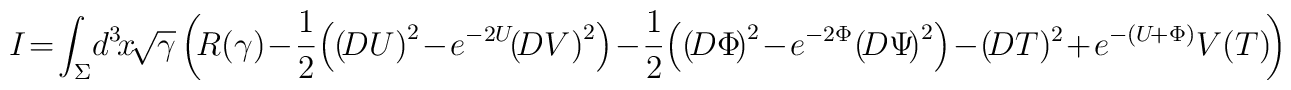
\!\!\!\!I\!=\!\int_{\Sigma}\! d^3 \! x \!\sqrt{\gamma}\left(\!R(\gamma)\!-\! {1 \over 2} \!\left( \left(\!DU \right)^2 \!-\! e^{-2U}\!\!\left(\!DV \right)^2 \right) \!-\! {1 \over 2} \!\left(\left(\!D \Phi \!\right)^2 \!-\! e^{- 2 \Phi} \!\left(\!D \Psi \!\right)^2 \right)\!-\! \left(\!D T \right)\!^2 \!+\! e^{-(U\!+\Phi)}V(T) \!\right)